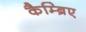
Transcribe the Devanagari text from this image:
कैम्ब्रिए